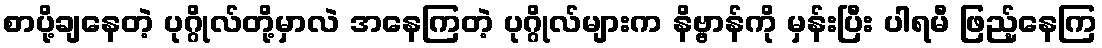
စာပို့ချနေတဲ့ ပုဂ္ဂိုလ်တို့မှာလဲ အနေကြတဲ့ ပုဂ္ဂိုလ်များက နိဗ္ဗာန်ကို မှန်းပြီး ပါရမီ ဖြည့်နေကြ